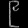
Digit: ၉